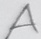
Text: A